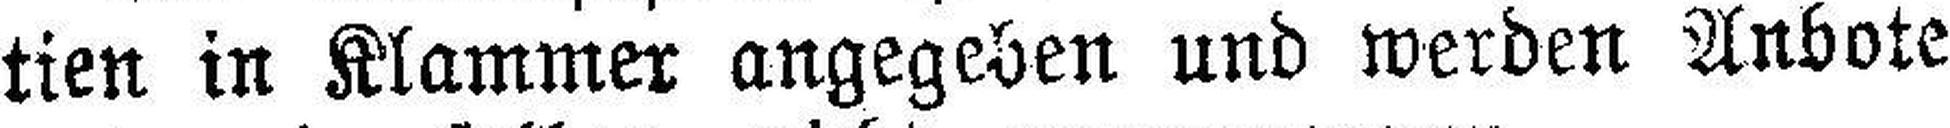
tien in Klammer angegeben und werden Anbote